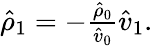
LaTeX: \begin{array}{r}{\hat{\rho}_{1}=-\frac{\hat{\rho}_{0}}{\hat{v}_{0}}\hat{v}_{1}.}\end{array}